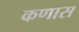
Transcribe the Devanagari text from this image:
कणास